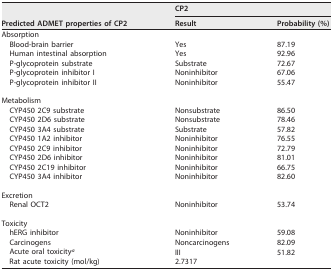
| <ROWSPAN=2> Predicted ADMET properties of CP2 | <COLSPAN=2> CP2 |
 | Result | Probability (%) |
 | --- | --- | --- |
 | Absorption |  |  |
 | Blood-brain barrier | Yes | 87.19 |
 | Human intestinal absorption | Yes | 92.96 |
 | P-glycoprotein substrate | Substrate | 72.67 |
 | P-glycoprotein inhibitor I | Noninhibitor | 67.06 |
 | P-glycoprotein inhibitor II | Noninhibitor | 55.47 |
 | Metabolism |  |  |
 | CYP450 2C9 substrate | Nonsubstrate | 86.50 |
 | CYP450 2D6 substrate | Nonsubstrate | 78.46 |
 | CYP450 3A4 substrate | Substrate | 57.82 |
 | CYP450 1A2 inhibitor | Noninhibitor | 76.55 |
 | CYP450 2C9 inhibitor | Noninhibitor | 72.79 |
 | CYP450 2D6 inhibitor | Noninhibitor | 81.01 |
 | CYP450 2C19 inhibitor | Noninhibitor | 66.75 |
 | CYP450 3A4 inhibitor | Noninhibitor | 82.60 |
 | Excretion |  |  |
 | Renal OCT2 | Noninhibitor | 53.74 |
 | Toxicity |  |  |
 | hERG inhibitor | Noninhibitor | 59.08 |
 | Carcinogens | Noncarcinogens | 82.09 |
 | Acute oral toxicitya | III | 51.82 |
 | Rat acute toxicity (mol/kg) | 2.7317 |  |